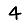
Digit: 4